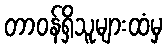
တာဝန်ရှိသူများထံမှ